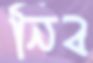
নিব